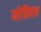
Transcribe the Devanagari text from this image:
प्लेसिपल